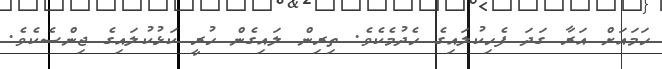
ހަމައަށް އަރާ ގަދަ ފެހިކުލައިގެ ހެދުމެކެވެ. ތިރިން ލައިގެން ހުރީ ކަޅުކުލައިގެ ޖިންސެކެވެ.